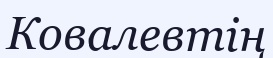
Ковалевтің